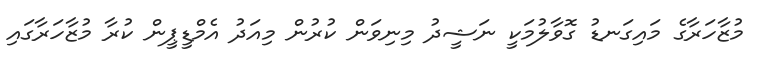
މުޒާހަރާގެ މައިގަނޑު ގޮވާލުމަކީ ނަޝީދު މިނިވަން ކުރުން މިއަދު އެމްޑީޕީން ކުރާ މުޒާހަރާގައި